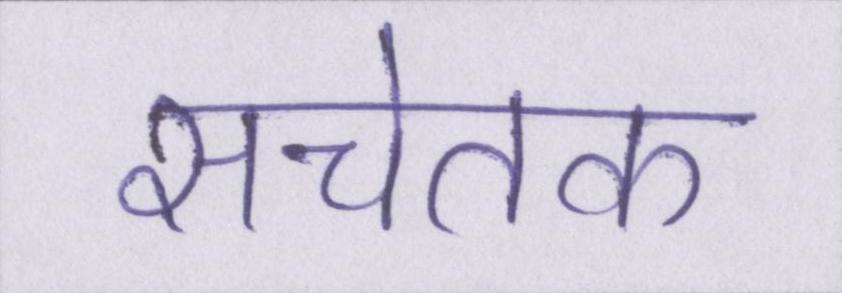
सचेतक